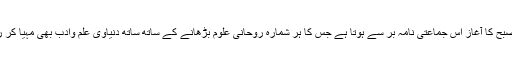
اب تو صبح کا آغاز اس جماعتی نامہ بر سے ہوتا ہے جس کا ہر شمارہ روحانی علوم بڑھانے کے ساتھ ساتھ دُنیاوی علم وادب بھی مہیا کر رہا ہے۔